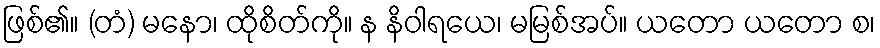
ဖြစ်၏။ (တံ) မနော၊ ထိုစိတ်ကို။ န နိဝါရယေ၊ မမြစ်အပ်။ ယတော ယတော စ၊